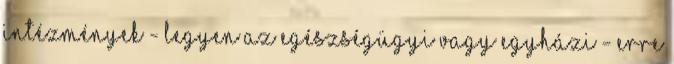
intézmények - legyen az egészségügyi vagy egyházi - erre